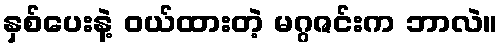
နှစ်ပေးနဲ့ ဝယ်ထားတဲ့ မဂ္ဂဇင်းက ဘာလဲ။